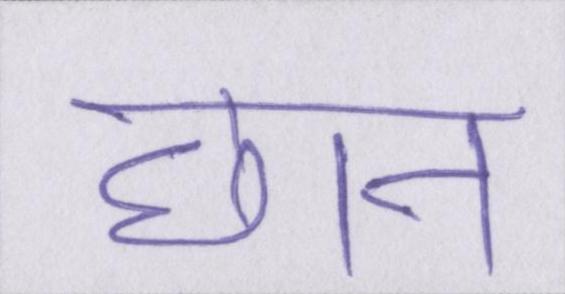
छान